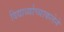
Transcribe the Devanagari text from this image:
विद्यार्थ्याच्याकलेने